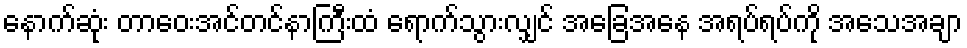
နောက်ဆုံး တာဝေးအင်တင်နာကြီးထံ ရောက်သွားလျှင် အခြေအနေ အရပ်ရပ်ကို အသေအချာ